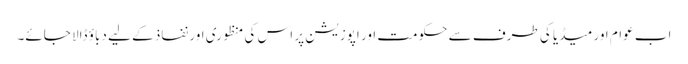
اب عوام اور میڈیا کی طرف سے حکومت اور اپوزیشن پر اس کی منظوری اور نفاذ کے لیے دباؤ ڈالا جائے۔